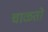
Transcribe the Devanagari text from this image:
चाळतो